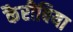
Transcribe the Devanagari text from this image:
कैरीबिया